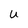
Character: u